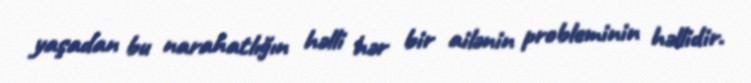
yaşadan bu narahatlığın həlli hər bir ailənin probleminin həllidir.